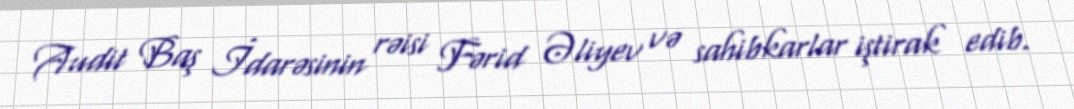
Audit Baş İdarəsinin rəisi Fərid Əliyev və sahibkarlar iştirak edib.